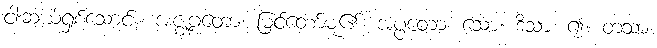
ငါးဆယ့်ရှစ်သောင်း။ အဇ္ဈဂ္ဂတော၊ မြင်တော်မူ၏။ အပ္ပတော၊ သော။ ဒိသာ၊ ၍။ တသာ၊